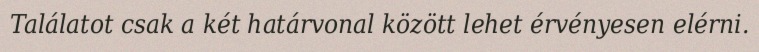
Találatot csak a két határvonal között lehet érvényesen elérni.